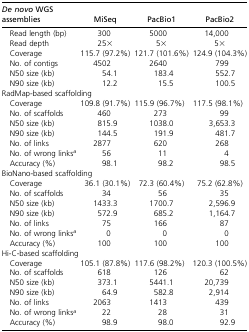
| De novo WGS assemblies | MiSeq | PacBio1 | PacBio2 |
 | --- | --- | --- | --- |
 | Read length (bp) | 300 | 5000 | 14,000 |
 | Read depth | 25× | 5× | 5× |
 | Coverage | 115.7 (97.2%) | 121.7 (101.6%) | 124.9 (104.3%) |
 | No. of contigs | 4502 | 2640 | 799 |
 | N50 size (kb) | 54.1 | 183.4 | 552.7 |
 | N90 size (kb) | 12.2 | 15.5 | 100.5 |
 | <COLSPAN=4> RadMap-based scaffolding |
 | Coverage | 109.8 (91.7%) | 115.9 (96.7%) | 117.5 (98.1%) |
 | No. of scaffolds | 460 | 273 | 99 |
 | N50 size (kb) | 815.9 | 1038.0 | 3,653.3 |
 | N90 size (kb) | 144.5 | 191.9 | 481.7 |
 | No. of links | 2877 | 620 | 268 |
 | No. of wrong linksa | 56 | 11 | 4 |
 | Accuracy (%) | 98.1 | 98.2 | 98.5 |
 | <COLSPAN=4> BioNano-based scaffolding |
 | Coverage | 36.1 (30.1%) | 72.3 (60.4%) | 75.2 (62.8%) |
 | No. of scaffolds | 34 | 56 | 35 |
 | N50 size (kb) | 1433.3 | 1700.7 | 2,596.9 |
 | N90 size (kb) | 572.9 | 685.2 | 1,164.7 |
 | No. of links | 75 | 166 | 87 |
 | No. of wrong linksa | 0 | 0 | 0 |
 | Accuracy (%) | 100 | 100 | 100 |
 | <COLSPAN=4> Hi-C-based scaffolding |
 | Coverage | 105.1 (87.8%) | 117.6 (98.2%) | 120.3 (100.5%) |
 | No. of scaffolds | 618 | 126 | 62 |
 | N50 size (kb) | 373.1 | 5441.1 | 20,739 |
 | N90 size (kb) | 64.9 | 582.8 | 2,914 |
 | No. of links | 2063 | 1413 | 439 |
 | No. of wrong linksa | 22 | 28 | 31 |
 | Accuracy (%) | 98.9 | 98.0 | 92.9 |